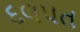
દલપત